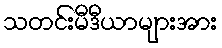
သတင်းမီဒီယာများအား